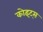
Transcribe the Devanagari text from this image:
कोइट्स